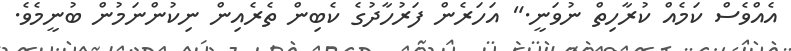
އެއްވެސް ކަމެއް ކުރާހިތް ނުވަނީ." އަހަރެން ފަރުހާދުގެ ކެބިން ތެރެއިން ނިކުންނަމުން ބުނީމެވެ.